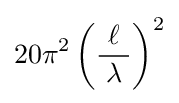
20\pi ^{2}\left({\frac {\ \ell \ }{\lambda }}\right)^{2}